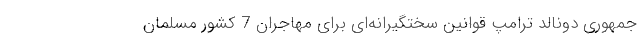
جمهوری دونالد ترامپ قوانین سختگیرانه‌ای برای مهاجران 7 کشور مسلمان